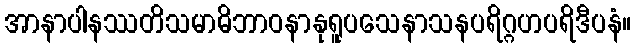
အာနာပါနဿတိသမာဓိဘာဝနာနုရူပသေနာသနပရိဂ္ဂဟပရိဒီပနံ။